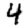
Digit: 4